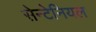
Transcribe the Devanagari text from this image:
सेन्टेनियल